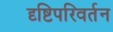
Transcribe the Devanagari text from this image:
दृष्टिपरिवर्तन